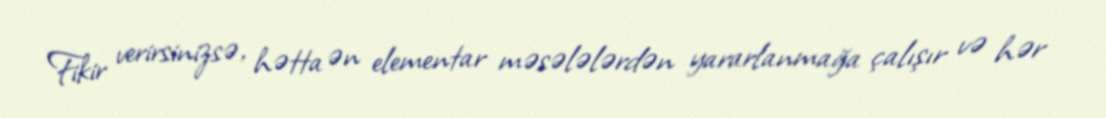
Fikir verirsinizsə, hətta ən elementar məsələlərdən yararlanmağa çalışır və hər